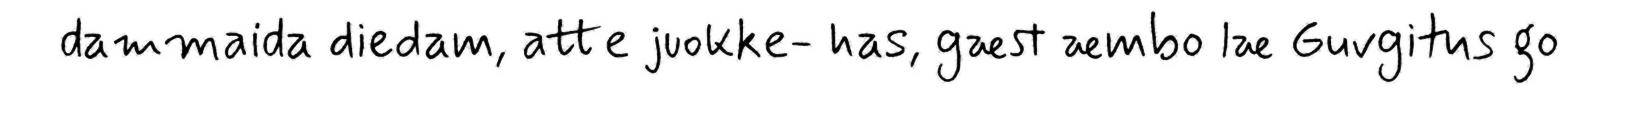
dammaida diedam, atte juokke- has, gæst æmbo læ Guvgitus go